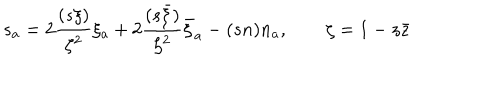
LaTeX: s _ { a } = 2 \frac { ( s \xi ) } { \zeta ^ { 2 } } \xi _ { a } + 2 \frac { ( s \bar { \xi } ) } { \zeta ^ { 2 } } \bar { \xi } _ { a } - ( s n ) n _ { a } , \qquad \zeta = 1 - z \bar { z }